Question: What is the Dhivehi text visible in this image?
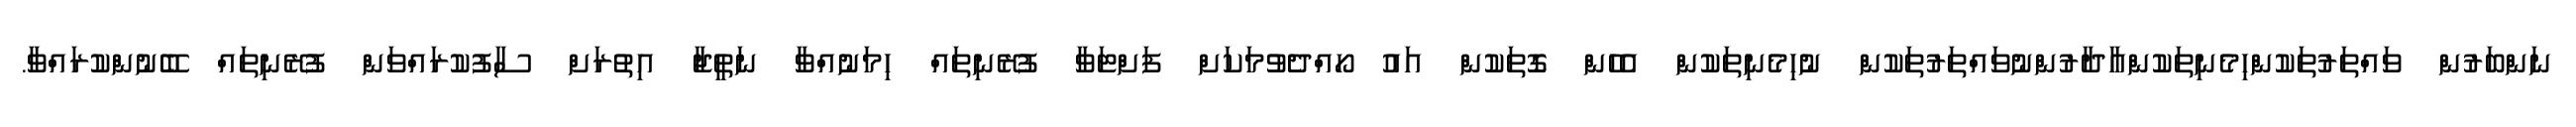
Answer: ނަންބަރުން ވައްތަރުތަކުންހިމެނިތަކުންއާދާރުންނުވައްތަރުތަކުން ނުހިމެނިތަކުން އެހެން ގޮތަކުން އައު ހޯއްދެވުމަކަށް ފަށްޓަވާ ފުރޭނިތައް ހިމަނުއްވާ ނަތީޖާ އިތުރަށް ސާފުކުރައްވަން ފުރޭނިތައް ބޭނުންކުރައްވާ.